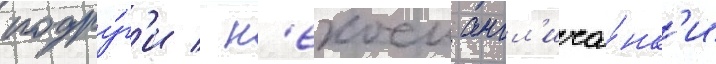
подру́г'и / н'екоеи англ'ича́нк'и